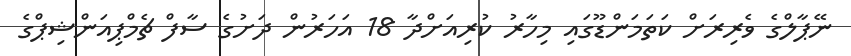
ނޭޕާލްގެ ވެރިރަށް ކަތަމަންޑޫގައި މިހާރު ކުރިއަށްދާ 18 އަހަރުން ދަށުގެ ސާފް ޗެމްޕިއަންޝިޕްގެ